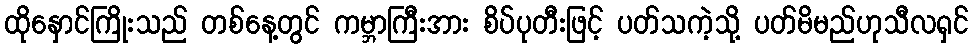
ထိုနှောင်ကြိုးသည် တစ်နေ့တွင် ကမ္ဘာကြီးအား စိပ်ပုတီးဖြင့် ပတ်သကဲ့သို့ ပတ်မိမည်ဟုသီလရှင်